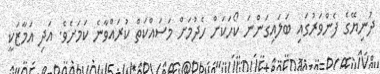
ދުނިޔޭގެ ފެންވަރުގައި ބަލައިގަންނަ ކޯހަކަށް ހެދުމަށް މަސައްކަތް ކުރައްވާނެ ކަމަށެވެ. އަދި އަމާޒަކީ